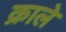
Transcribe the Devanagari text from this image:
क्राले